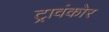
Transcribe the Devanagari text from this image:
ट्रावंकोर